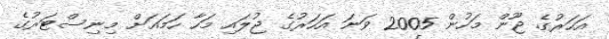
އަހަރުގެ ޖޫން މަހުން 2005 ވަނަ އަހަރުގެ ޖުލައި މަހާ ހަމައަށް މިނިސްޓަރުގެ